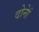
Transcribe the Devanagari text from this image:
दोनेां